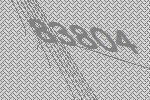
83804